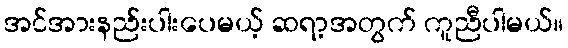
အင်အားနည်းပါးပေမယ့် ဆရာ့အတွက် ကူညီပါမယ်။